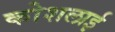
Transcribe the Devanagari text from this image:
कोशलाई